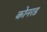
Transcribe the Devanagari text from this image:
कोनरड